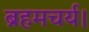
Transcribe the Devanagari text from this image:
ब्रहमचर्य।